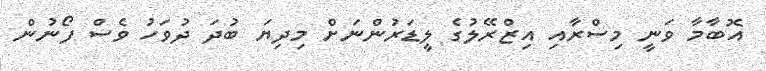
އޮބާމާ ވަނީ މިސްރާއި އިޒްރޭލުގެ ލީޑަރުންނަށް މިދިޔަ ބުދަ ދުވަހު ވެސް ފޯނުން